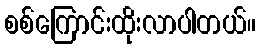
စစ်ကြောင်းထိုးလာပါတယ်။